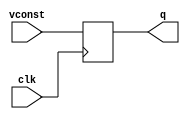
module tb_8 (
	   input vconst,
	   input clk,
	   output reg q);
   always @ (posedge clk) begin
      q <= vconst;
   end
endmodule